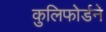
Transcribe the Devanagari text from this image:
कुलिफोर्डने